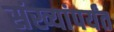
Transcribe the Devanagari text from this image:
संख्यांपर्यंत